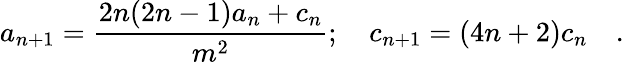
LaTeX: a_{n+1}=\frac{2n(2n-1)a_{n}+c_{n}}{m^{2}};\quad c_{n+1}=(4n+2)c_{n}\quad.